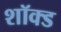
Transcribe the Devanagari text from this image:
शॉक्ड